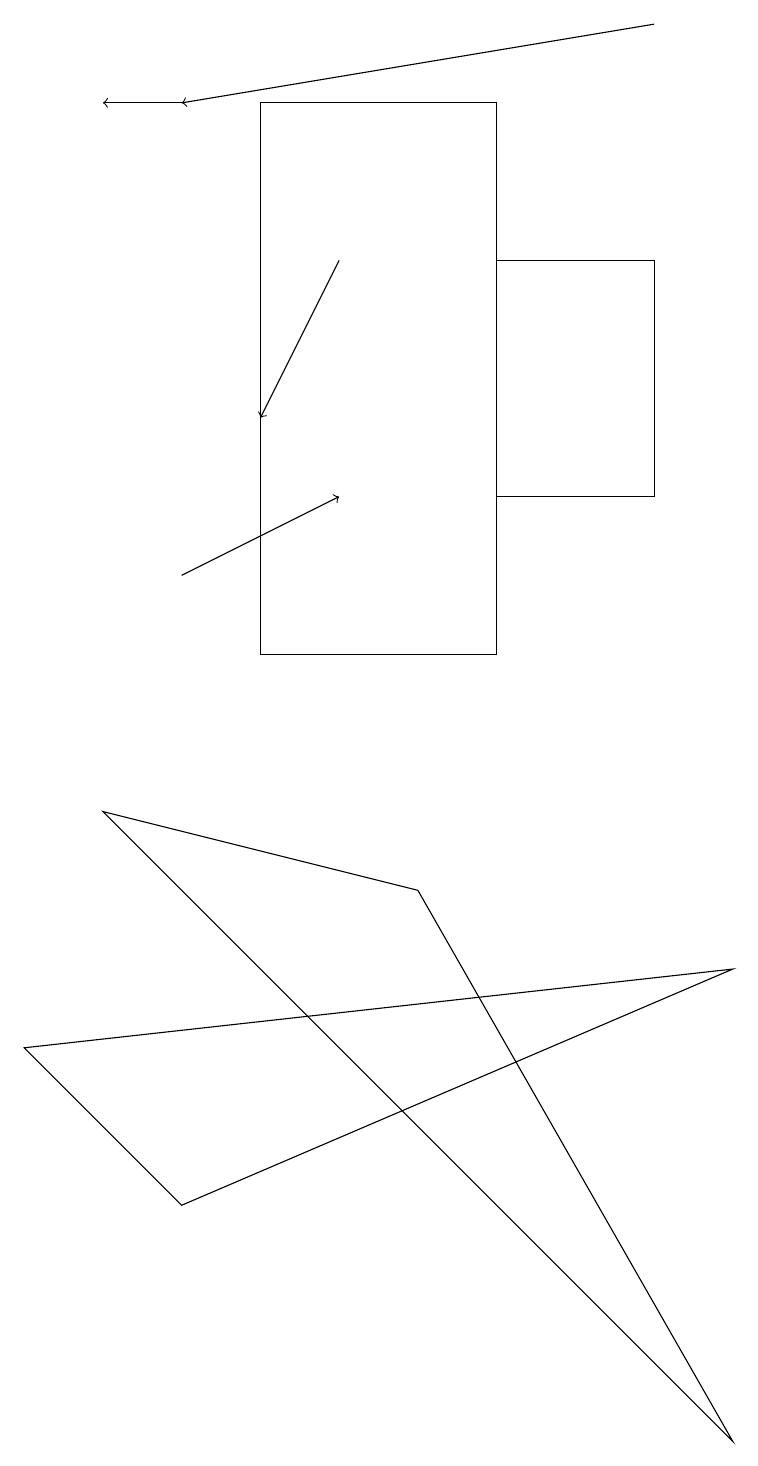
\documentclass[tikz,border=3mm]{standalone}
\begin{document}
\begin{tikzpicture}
\draw[->] (2,12) -- (4,13);
\draw[->] (2,18) -- (1,18);
\draw[->] (8,19) -- (2,18);
\draw (8,16) rectangle (6,13);
\draw (2,4) -- (9,7) -- (0,6) -- cycle;
\draw (5,8) -- (1,9) -- (9,1) -- cycle;
\draw[->] (4,16) -- (3,14);
\draw (3,18) rectangle (6,11);
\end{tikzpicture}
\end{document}